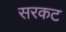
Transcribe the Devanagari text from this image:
सरकट